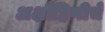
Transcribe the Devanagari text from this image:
अक्षौहिणीचे